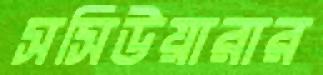
সসিউয়ারার